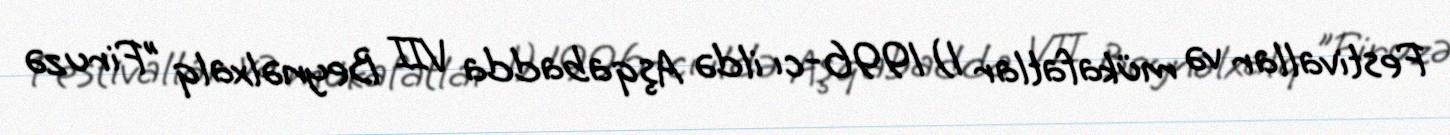
Festivallar və mükafatlar 1) 1996-cı ildə Aşqabadda VII Beynəlxalq "Firuzə